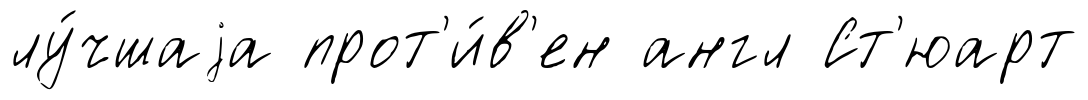
лу́чшаjа прот'и́в'ен англ Ст'юарт